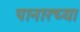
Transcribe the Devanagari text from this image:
पानारच्या